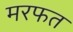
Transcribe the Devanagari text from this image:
मरफत